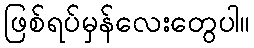
ဖြစ်ရပ်မှန်လေးတွေပါ။